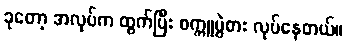
ခုတော့ အလုပ်က ထွက်ပြီး စက္ကူပွဲစား လုပ်နေတယ်။